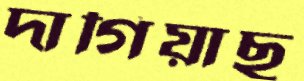
দাগিয়াছ